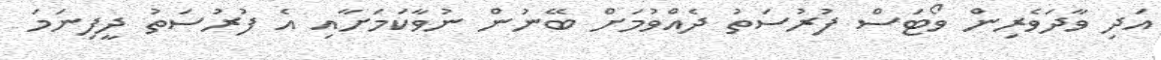
އަދި ވާދަވެރިން ވޯޓަސް ފުރުސަތު ދެއްވުމަށް ބޭނުން ނުވާކަމަށާއި އެ ފުރުސަތު ދީފިނަމަ